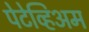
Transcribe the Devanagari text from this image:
पेटेव्हिअम